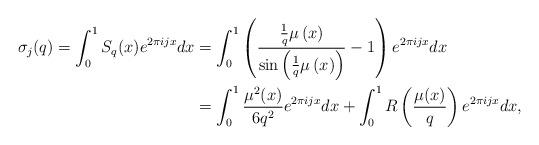
LaTeX: \begin{align*} \sigma_j (q) = \int_0^1 S_q(x) e^{2 \pi i j x} dx & = \int_0^1 \left ( \frac { \frac{1}{q} \mu \left ( x \right )} { \sin \left ( \frac{1}{q} \mu \left (x \right ) \right )} -1 \right ) e^{2 \pi i j x} dx \\& = \int_0^1 \frac{ \mu^2(x)}{6q^2} e^{2 \pi i j x} dx + \int_0^1 R \left ( \frac{\mu(x)}{q} \right ) e^{2 \pi i j x}dx, \end{align*}